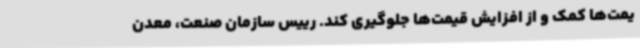
یمت‌ها کمک و از افزایش قیمت‌ها جلوگیری کند. رییس سازمان صنعت، معدن